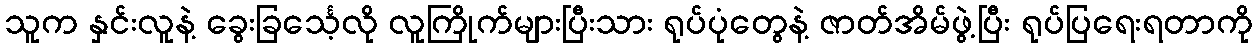
သူက နှင်းလူနဲ့ ခွေးခြင်္သေ့လို လူကြိုက်များပြီးသား ရုပ်ပုံတွေနဲ့ ဇာတ်အိမ်ဖွဲ့ပြီး ရုပ်ပြရေးရတာကို